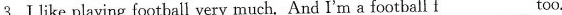
3. I like playing football very much. And I'm a football f___too.